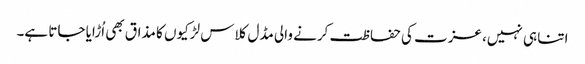
اتنا ہی نہیں، عزت کی حفاظت کرنے والی مڈل کلاس لڑکیوں کا مذاق بھی اُڑایا جاتا ہے۔